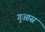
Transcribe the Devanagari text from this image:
गुआस